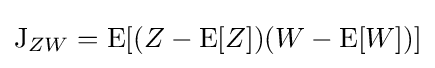
\operatorname {J} _{ZW}=\operatorname {E} [(Z-\operatorname {E} [Z])(W-\operatorname {E} [W])]